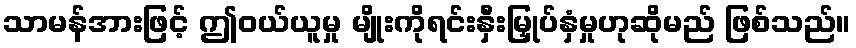
သာမန်အားဖြင့် ဤဝယ်ယူမှု မျိုးကိုရင်းနှီးမြှုပ်နှံမှုဟုဆိုမည် ဖြစ်သည်။